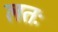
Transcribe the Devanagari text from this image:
लतः